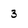
Character: 3